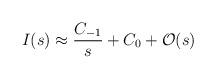
LaTeX: \begin{align*}I(s) \approx \frac{C_{-1}}{s} + C_0 + \mathcal{O}(s) \end{align*}